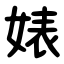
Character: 婊